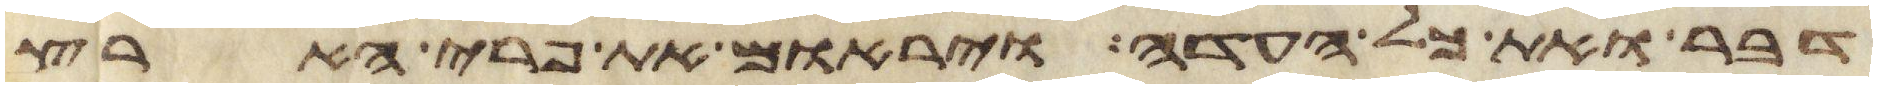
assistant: דבר ואת כל העדה ויראום את פרי הארץ